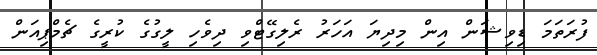
ފުރަތަމަ ޑިވިޝަން އިން މިދިޔަ އަހަރު ރެލިގޭޓްވި ދިވެހި ލީގުގެ ކުރީގެ ޗެމްޕިއަން